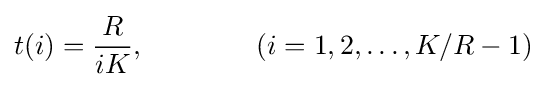
t(i)={\frac {R}{iK}},\qquad \qquad (i=1,2,\dots ,K/R-1)